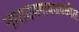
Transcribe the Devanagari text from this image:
नारायणगावजवळील